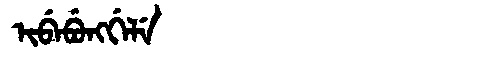
Manchu: ᡳᠪᡝᠪᡠᠩᡤᡝᠯᡝ
Romanization: IBEBUNGGELE